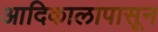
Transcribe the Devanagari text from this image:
आदिकालापासून